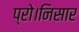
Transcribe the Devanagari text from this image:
प्रो।निसार